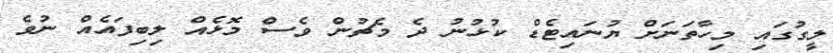
ލީގުގައި މިހާތަނަށް ޔުނައިޓެޑް ކުޅުނު ދެ މެޗުން ވެސް މޮޅެއް ލިބިފައެއް ނުވެ